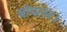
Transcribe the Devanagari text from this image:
बॉयलर।